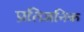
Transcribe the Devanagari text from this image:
प्रतिजनिक